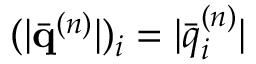
( | \bar { \mathbf { q } } ^ { ( n ) } | ) _ { i } = | \bar { q } _ { i } ^ { ( n ) } |